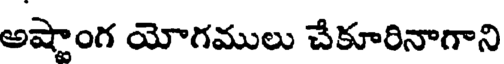
అష్టాంగ యోగములు చేకూరినాగాని